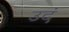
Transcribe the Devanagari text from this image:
उदं